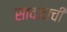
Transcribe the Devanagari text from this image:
सावजाची